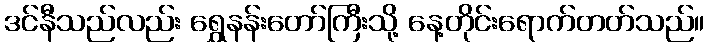
ဒင်နီသည်လည်း ရွှေနန်းတော်ကြီးသို့ နေ့တိုင်းရောက်တတ်သည်။